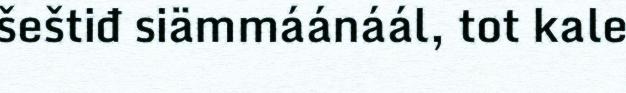
šeštiđ siämmáánáál, tot kale